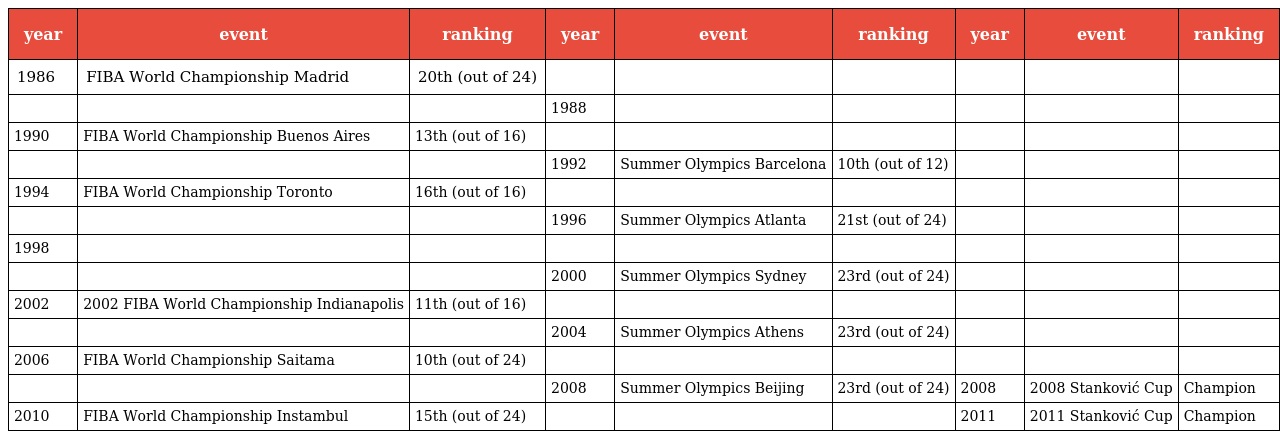
| year | event | ranking | year | event | ranking | year | event | ranking |
 | --- | --- | --- | --- | --- | --- | --- | --- | --- |
 | 1986 | FIBA World Championship Madrid | 20th (out of 24) |  |  |  |  |  |  |
 |  |  |  | 1988 |  |  |  |  |  |
 | 1990 | FIBA World Championship Buenos Aires | 13th (out of 16) |  |  |  |  |  |  |
 |  |  |  | 1992 | Summer Olympics Barcelona | 10th (out of 12) |  |  |  |
 | 1994 | FIBA World Championship Toronto | 16th (out of 16) |  |  |  |  |  |  |
 |  |  |  | 1996 | Summer Olympics Atlanta | 21st (out of 24) |  |  |  |
 | 1998 |  |  |  |  |  |  |  |  |
 |  |  |  | 2000 | Summer Olympics Sydney | 23rd (out of 24) |  |  |  |
 | 2002 | 2002 FIBA World Championship Indianapolis | 11th (out of 16) |  |  |  |  |  |  |
 |  |  |  | 2004 | Summer Olympics Athens | 23rd (out of 24) |  |  |  |
 | 2006 | FIBA World Championship Saitama | 10th (out of 24) |  |  |  |  |  |  |
 |  |  |  | 2008 | Summer Olympics Beijing | 23rd (out of 24) | 2008 | 2008 Stanković Cup | Champion |
 | 2010 | FIBA World Championship Instambul | 15th (out of 24) |  |  |  | 2011 | 2011 Stanković Cup | Champion |